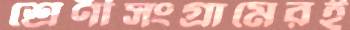
শ্রেণীসংগ্রামেরই